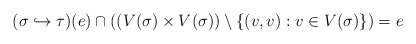
\begin{align*}(\sigma\hookrightarrow\tau)(e)\cap((V(\sigma)\times V(\sigma))\setminus\{(v,v):v\in V(\sigma)\})=e\end{align*}